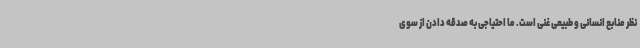
نظر منابع انسانی و طبیعی غنی است. ما احتیاجی به صدقه دادن از سوی